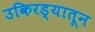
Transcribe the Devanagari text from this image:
उकिरड्यातून